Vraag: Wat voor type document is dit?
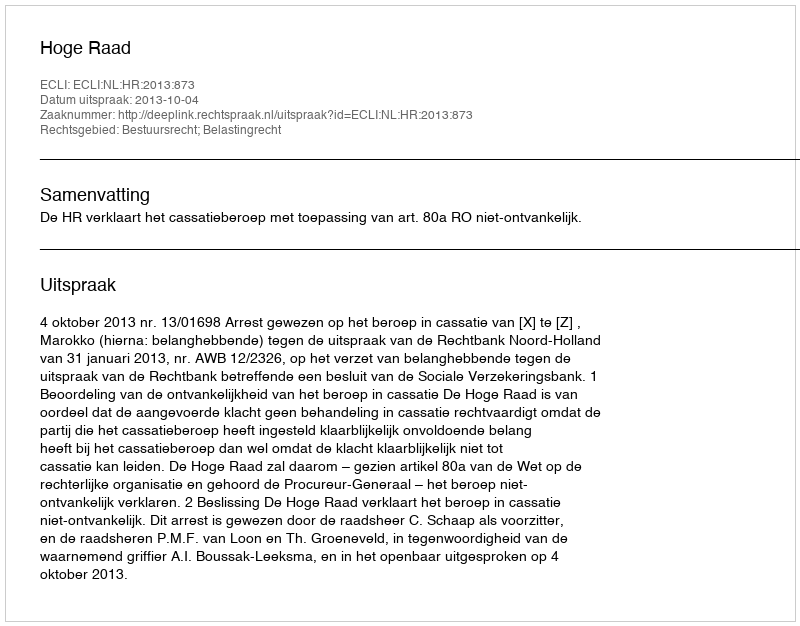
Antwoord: Uitspraak